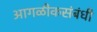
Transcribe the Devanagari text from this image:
आगळीकसंबंधी